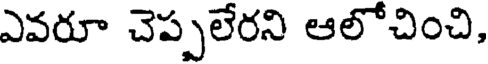
ఎవరూ చెప్పలేరని ఆలోచించి,